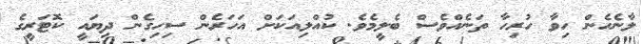
ލާނެހެން ހިވާ ހުރިހާ ތަނެއްވެސް ބެލީމެވެ. ކުއްލިއަކަށް އަހަރެން ސިހިގެން ދިޔައީ ކޮޓަރީގެ